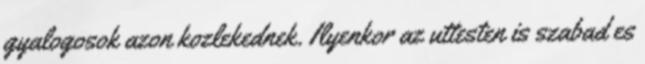
gyalogosok azon kozlekednek. Ilyenkor az uttesten is szabad es